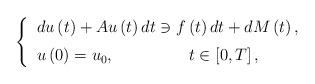
LaTeX: \begin{align*}\left\{\begin{tabular}[c]{l}$du\left( t\right) +Au\left( t\right) dt\ni f\left( t\right)dt+dM\left( t\right) ,$\medskip\\$u\left( 0\right) =u_{0},\quad\quad\quad\quad\;\;t\in\left[ 0,T\right] ,$\end{tabular}\ \ \ \ \right. \end{align*}